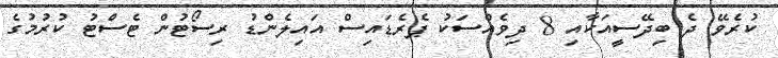
ކުރެވޭ ދެ ބިދޭސީއަކާއި 8 ދިވެއްސަކު ޕެރެޑައިސް އައިލެންޑު ރިސޯޓުން ޓެސްޓު ކުރުމުގެ